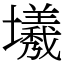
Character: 㙿